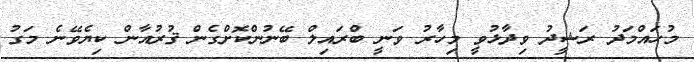
މުހައްމަދު ރަޝީދު ވިދާޅުވީ މިހާރު ވަނީ ބްރައިލް ބޭނުންކޮށްގެން ޤުރުއާން ކިޔެވޭނެ މަގު